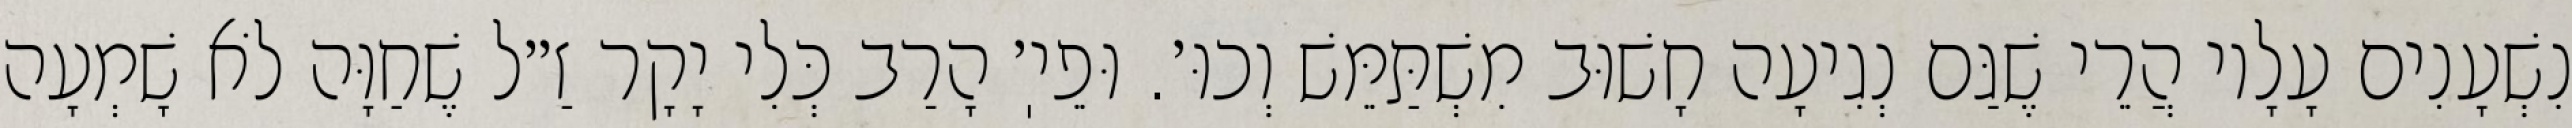
נִשְׁעָנִים עָלָיו הֲרֵי שֶׁגַּם נְגִיעָה חָשׁוּב מִשְׁתַּמֵּשׁ וְכוּ׳. וּפֵיֽ׳ הָרַב כְּלִי יָקָר זַ״ל שֶׁחַוָּה לֹא שָׁמְעָה